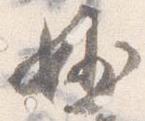
妙